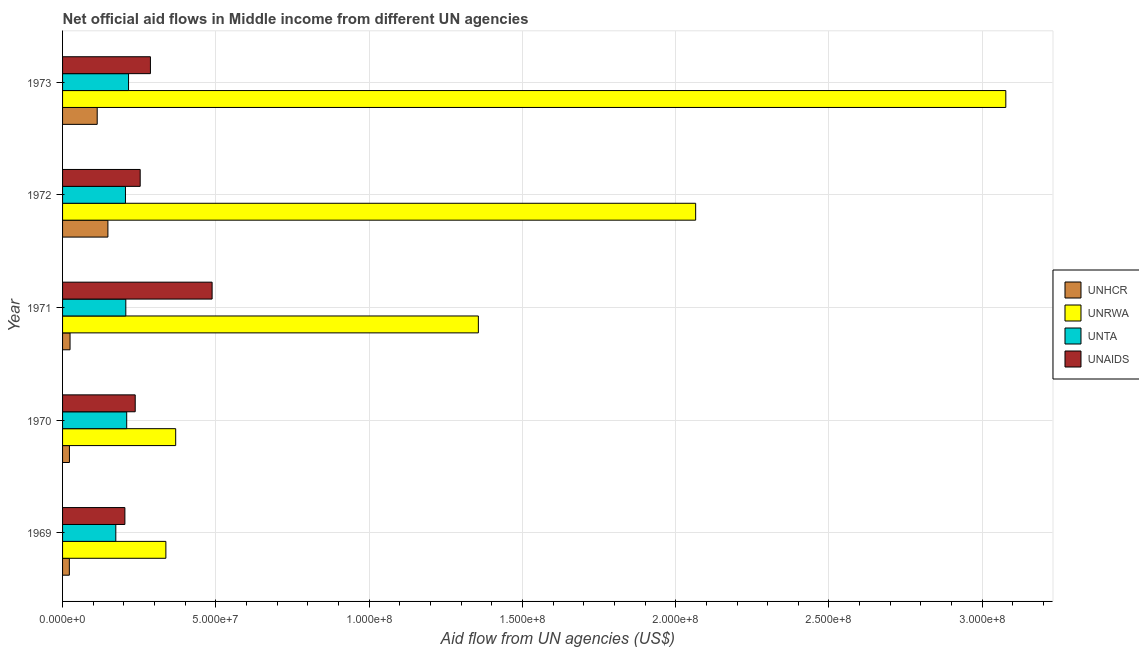
| Year | UNHCR | UNRWA | UNTA | UNAIDS |
 | --- | --- | --- | --- | --- |
 | 1969 | 2.21e+06 | 3.37e+07 | 1.74e+07 | 2.03e+07 |
 | 1970 | 2.24e+06 | 3.69e+07 | 2.09e+07 | 2.37e+07 |
 | 1971 | 2.44e+06 | 1.36e+08 | 2.06e+07 | 4.88e+07 |
 | 1972 | 1.48e+07 | 2.07e+08 | 2.05e+07 | 2.53e+07 |
 | 1973 | 1.13e+07 | 3.08e+08 | 2.15e+07 | 2.87e+07 |